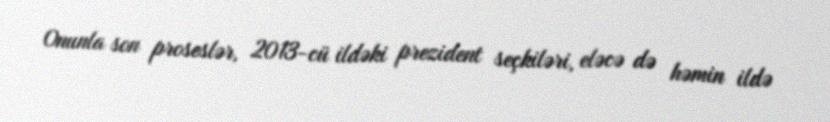
Onunla son proseslər, 2013-cü ildəki prezident seçkiləri, eləcə də həmin ildə